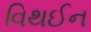
વિથઈન